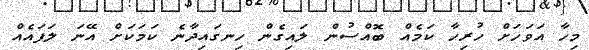
މިހާ އަވަހަށް ހުރިހާ ކަމެއް ބޮއްސުން ލައިގެން ހިނގައިދާނެ ކަމަކަށް އޭނަ ލަފައެއް